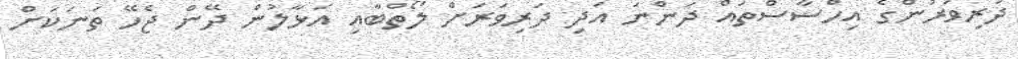
ދަރިވަރުންގެ އިހްސާސްތައް ދަންނަ އަދި ދަރިވަރަށް ލޯތްބާއި އަޅާލުން ދޭން ޖެހޭ ތަނަކަށް